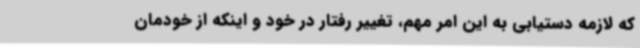
که لازمه دستیابی به این امر مهم، تغییر رفتار در خود و اینکه از خودمان